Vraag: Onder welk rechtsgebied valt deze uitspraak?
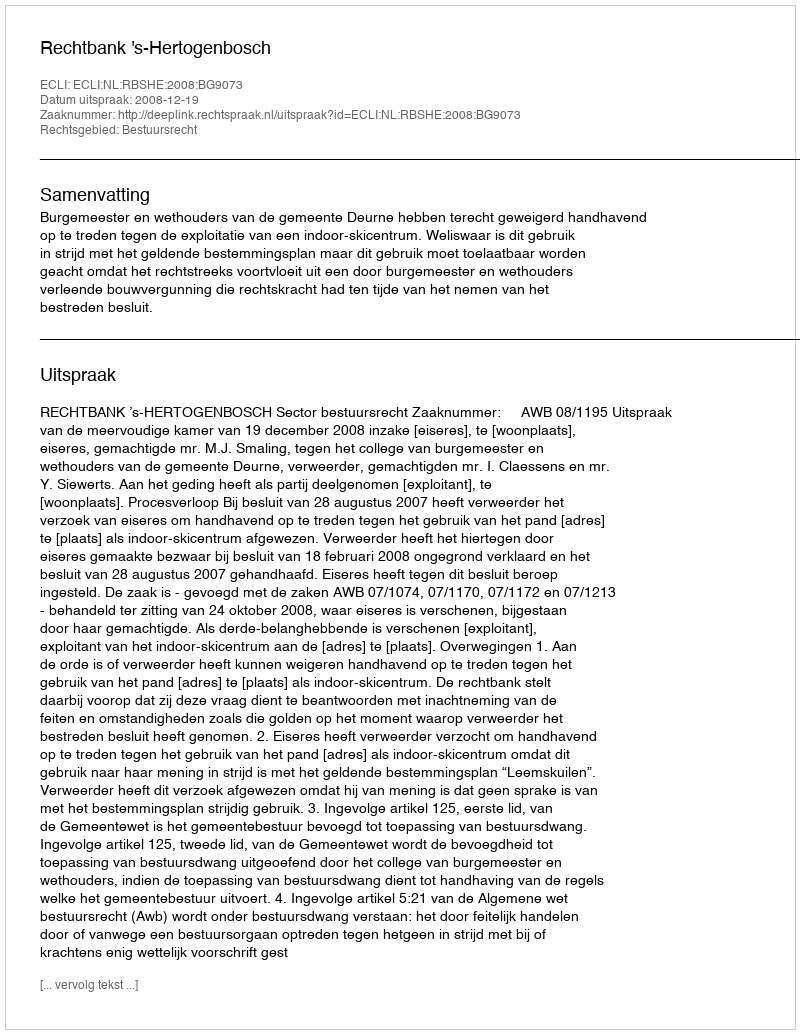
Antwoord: Bestuursrecht